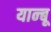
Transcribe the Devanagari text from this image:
यान्बू